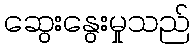
ဆွေးနွေးမှုသည်